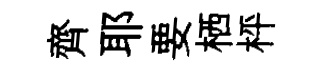
齊耶要栖枰